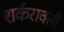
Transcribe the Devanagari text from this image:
शर्करावती